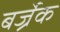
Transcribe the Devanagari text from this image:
बर्ज्रेक